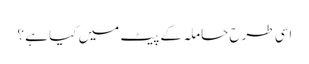
اسی طرح حاملہ کے پیٹ میں کیا ہے ؟